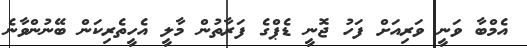
އެމްބާ ވަނީ ވަރިއަށް ފަހު ޖޮނީ ޑެޕްގެ ފަރާތުން މާލީ އެހީތެރިކަން ބޭނުންވާނެ